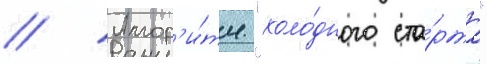
// Алгор'и́тм "холо́дного ста́рта"